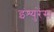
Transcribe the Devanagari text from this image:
इंश्युरेंस